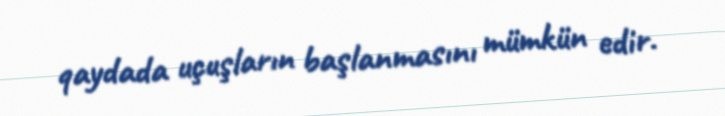
qaydada uçuşların başlanmasını mümkün edir.